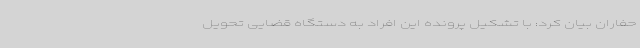
حفاران بیان کرد:‌ با تشکیل پرونده این افراد به دستگاه قضایی تحویل